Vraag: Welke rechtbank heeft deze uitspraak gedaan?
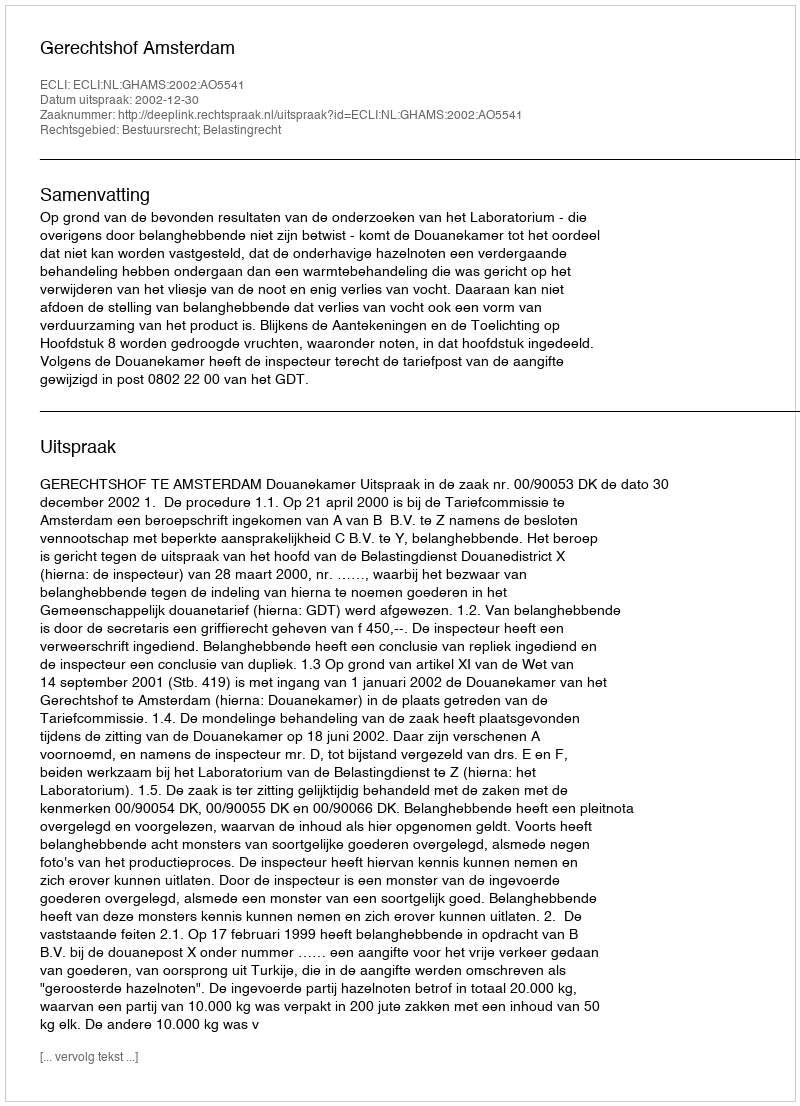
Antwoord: Gerechtshof Amsterdam